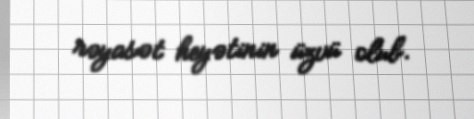
rəyasət heyətinin üzvü olub.